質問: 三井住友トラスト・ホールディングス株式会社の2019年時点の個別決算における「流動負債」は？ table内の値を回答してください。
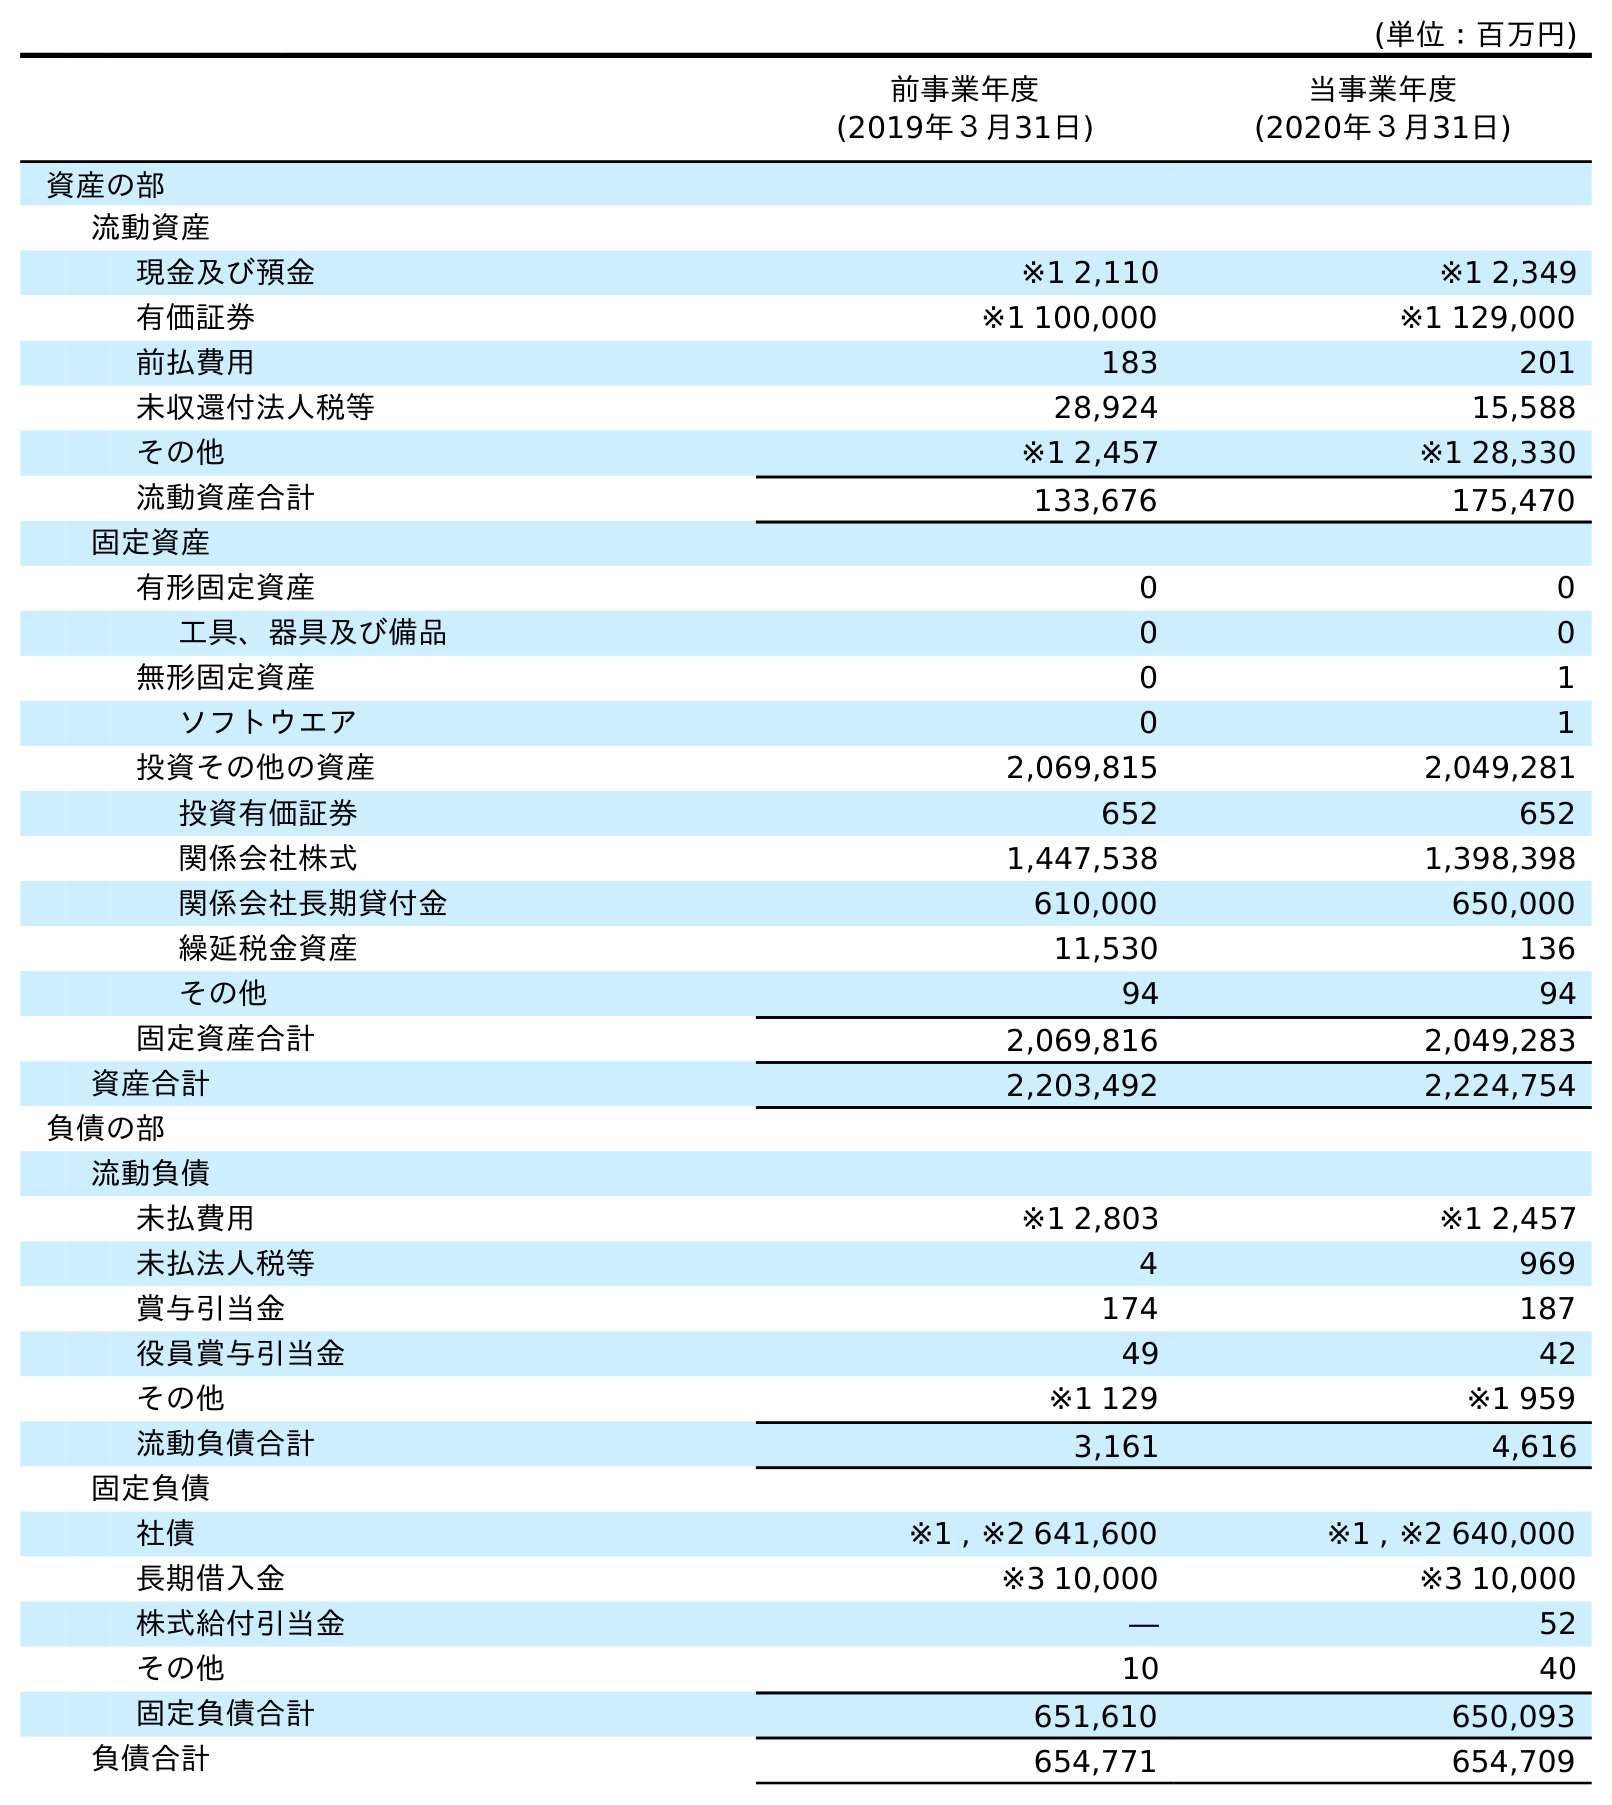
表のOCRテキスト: (単位：百万円) 前事業年度 (2019年３月31日) 当事業年度 (2020年３月31日) 資産の部 流動資産 現金及び預金 ※1 2,110 ※1 2,349 有価証券 ※1 100,000 ※1 129,000 前払費用 183 201 未収還付法人税等 28,924 15,588 その他 ※1 2,457 ※1 28,330 流動資産合計 133,676 175,470 固定資産 有形固定資産 0 0 工具、器具及び備品 0 0 無形固定資産 0 1 ソフトウエア 0 1 投資その他の資産 2,069,815 2,049,281 投資有価証券 652 652 関係会社株式 1,447,538 1,398,398 関係会社長期貸付金 610,000 650,000 繰延税金資産 11,530 136 その他 94 94 固定資産合計 2,069,816 2,049,283 資産合計 2,203,492 2,224,754 負債の部 流動負債 未払費用 ※1 2,803 ※1 2,457 未払法人税等 4 969 賞与引当金 174 187 役員賞与引当金 49 42 その他 ※1 129 ※1 959 流動負債合計 3,161 4,616 固定負債 社債 ※1 , ※2 641,600 ※1 , ※2 640,000 長期借入金 ※3 10,000 ※3 10,000 株式給付引当金 ― 52 その他 10 40 固定負債合計 651,610 650,093 負債合計 654,771 654,709
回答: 3,161